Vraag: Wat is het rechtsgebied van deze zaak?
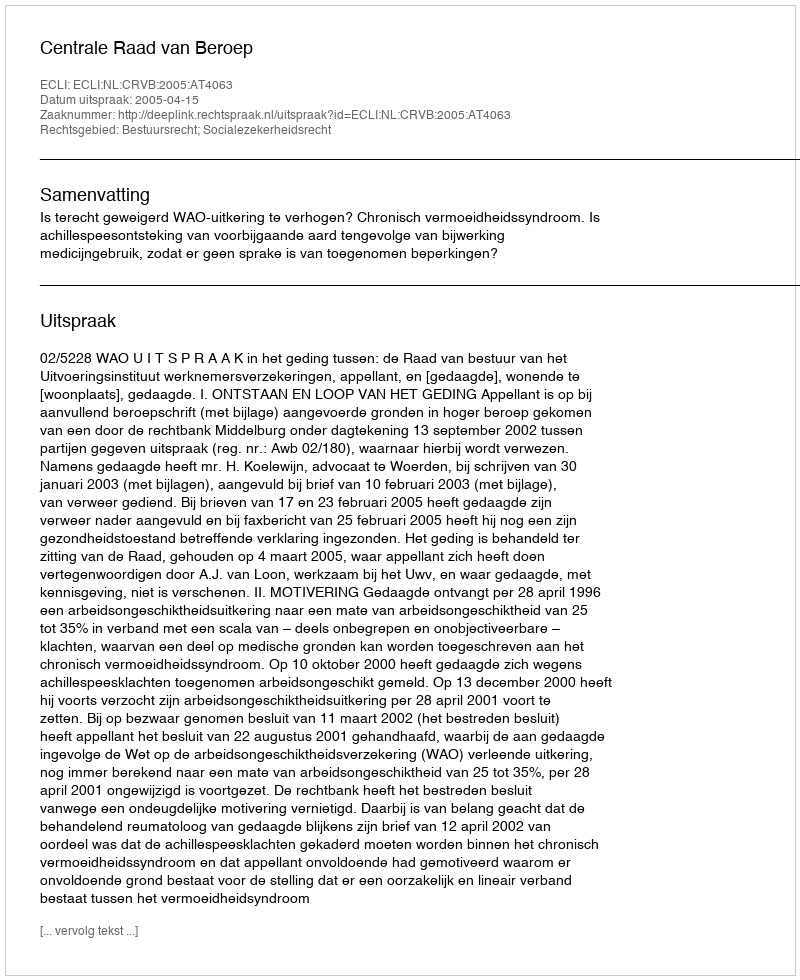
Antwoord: Bestuursrecht; Socialezekerheidsrecht